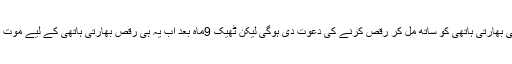
ہمارے خیال میںچینی ڈریگن نے لداخ میں ہی بھارتی ہاتھی کو ساتھ مل کر رقص کرنے کی دعوت دی ہوگی لیکن ٹھیک 9ماہ بعد اَب یہ ہی رقص بھارتی ہاتھی کے لیے موت کے بھیانک ناچ میں کیسے تبدیل ہوگیا ہے؟